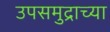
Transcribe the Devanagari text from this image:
उपसमुद्राच्या